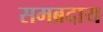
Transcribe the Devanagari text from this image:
समब्रदाय